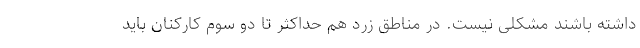
داشته باشند مشکلی نیست. در مناطق زرد هم حداکثر تا دو سوم کارکنان باید